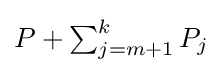
P+\textstyle \sum _{j={m+1}}^{k}P_{j}